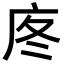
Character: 庝